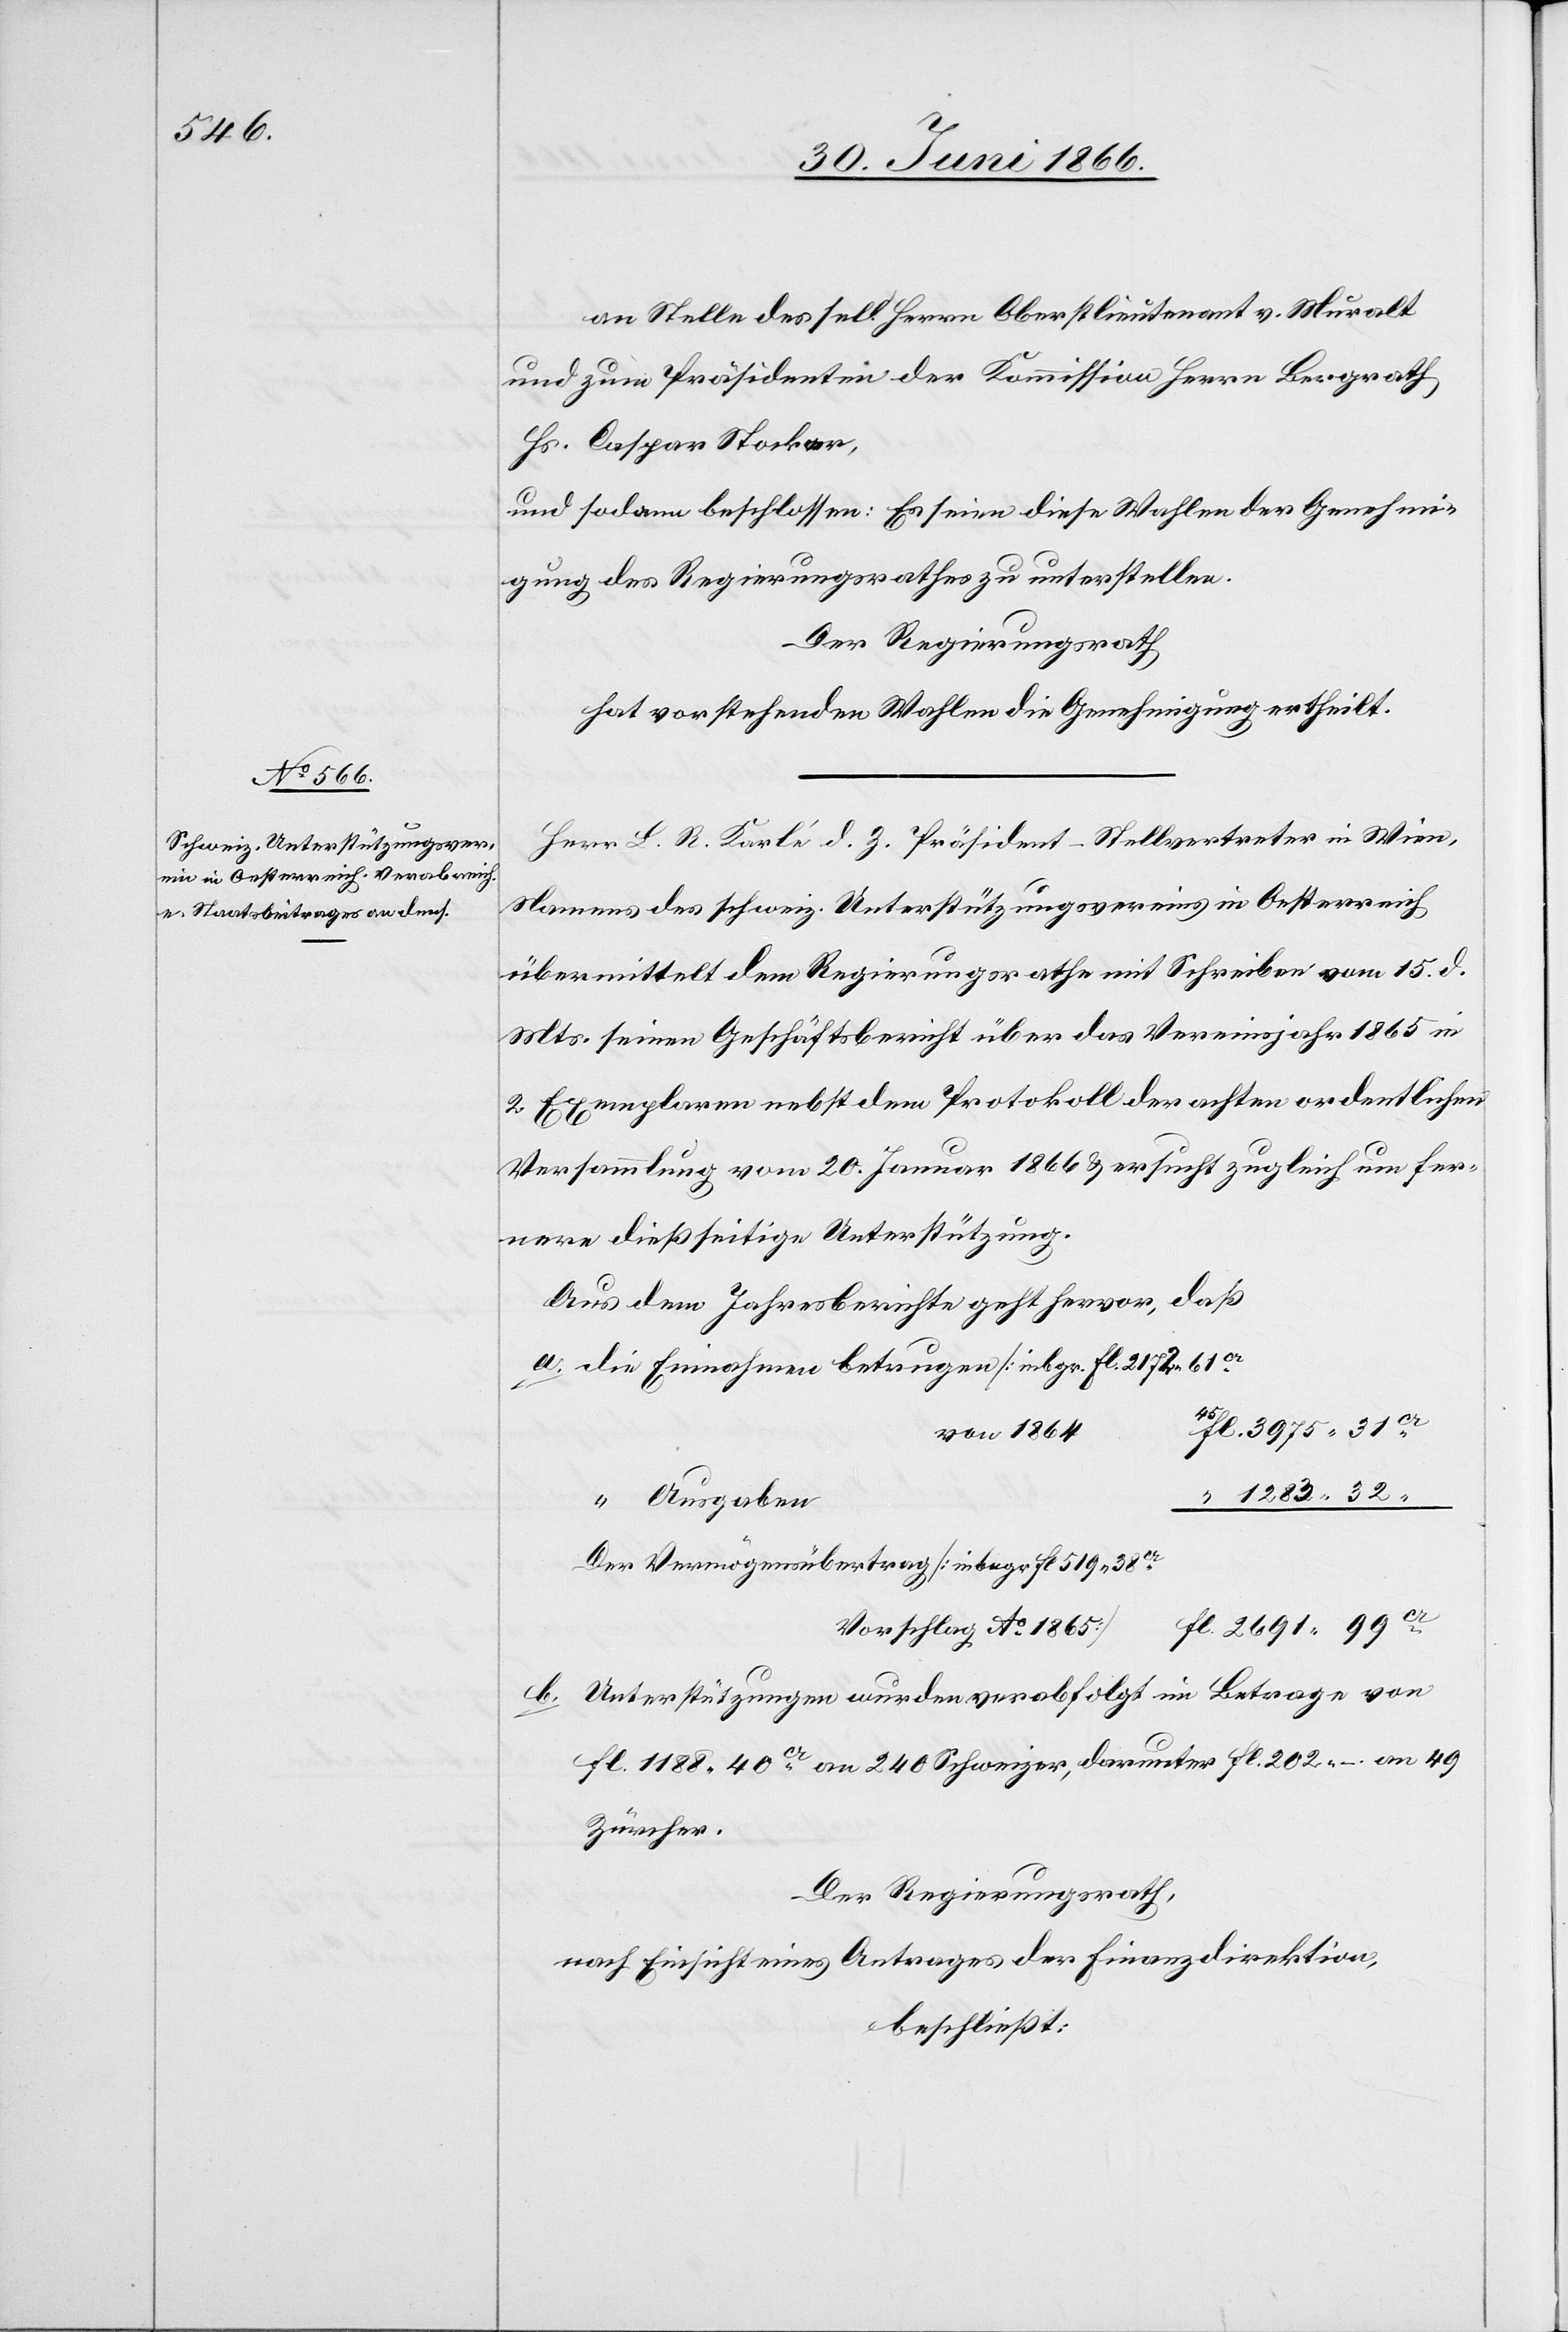
an Stelle des sel. Herrn Oberstlieutenant v. Muralt
und zum Präsidenten der Kommission Herrn Bergrath
Hs. Caspar Stocker,
und sodann beschlossen: Es seien diese Wahlen der Genehmi¬
gung des Regierungsrathes zu unterstellen.
Der Regierungsrath
hat vorstehenden Wahlen die Genehmigung ertheilt.
Herr L. R. Karlé d. Z. Präsident-Stellvertreter in Wien,
Namens des schweiz Unterstützungsvereins in Oesterreich
übermittelt dem Regierungsrathe mit Schreiben vom 15. d.
Mts. seinen Geschäftsbericht über das Vereinsjahr 1865 in
2 Exemplaren nebst dem Protokoll der achten ordentlichen
Versammlung vom 20. Januar 1866 u. ersucht zugleich um fer¬
nere dießseitige Unterstützung.
Aus dem Jahresberichte geht hervor, daß
fl 519.38 cr.
von 1864
“ 1283.32.
“ Ausgaben
fl. 2691.99 cr.
Vorschlag Ao. 1865]
im Betrage von
b. Unterstützungen wurden verabfolgt
fl. 1188.40 cr. an 240 Schweizer, darunter fl. 202.–. an 49
Zürcher.
Der Regierungsrath,
nach Einsicht eines Antrages der Finanzdirektion,
beschließt: